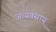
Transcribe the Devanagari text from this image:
अध्यवसाय्